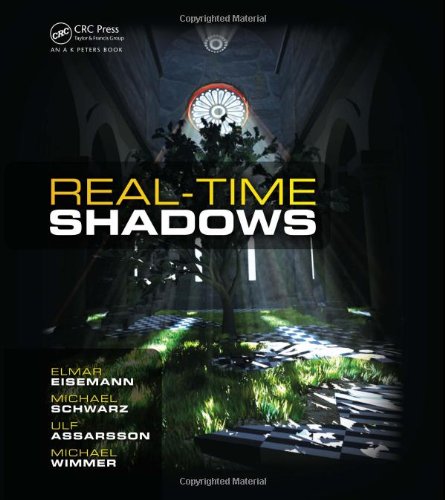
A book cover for Real-Time Shadows; Elmar Eisemann; Computers & Technology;